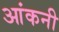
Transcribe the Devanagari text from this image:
आंकनी